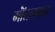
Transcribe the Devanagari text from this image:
मॉंतलबान